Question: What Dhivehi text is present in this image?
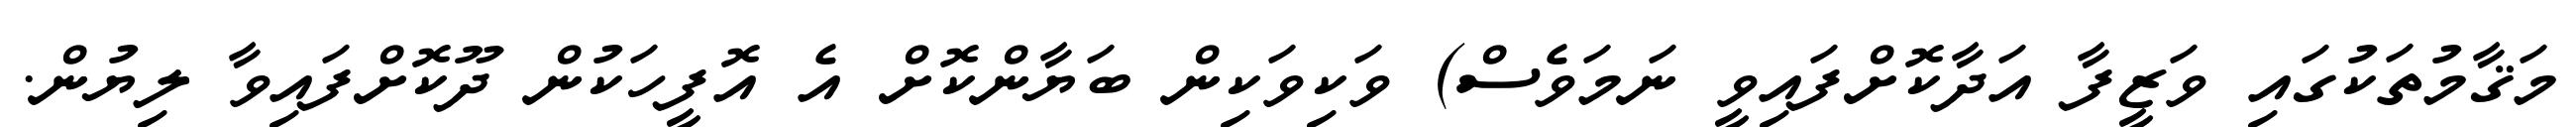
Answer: މަޤާމުތަކުގައި ވަޒީފާ އަދާކޮށްފައިވީ ނަމަވެސް) ވަކިވަކިން ބަޔާންކޮށް އެ އޮފީހަކުން ދޫކޮށްފައިވާ ލިޔުން.